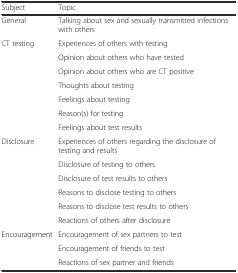
<table><thead><tr><td><b>Subject</b></td><td><b>Topic</b></td></tr></thead><tbody><tr><td>General</td><td>Talking about sex and sexually transmitted infections with others</td></tr><tr><td rowspan="7">CT testing</td><td>Experiences of others with testing</td></tr><tr><td>Opinion about others who have tested</td></tr><tr><td>Opinion about others who are CT positive</td></tr><tr><td>Thoughts about testing</td></tr><tr><td>Feelings about testing</td></tr><tr><td>Reason(s) for testing</td></tr><tr><td>Feelings about test results</td></tr><tr><td rowspan="6">Disclosure</td><td>Experiences of others regarding the disclosure of testing and results</td></tr><tr><td>Disclosure of testing to others</td></tr><tr><td>Disclosure of test results to others</td></tr><tr><td>Reasons to disclose testing to others</td></tr><tr><td>Reasons to disclose test results to others</td></tr><tr><td>Reactions of others after disclosure</td></tr><tr><td rowspan="3">Encouragement</td><td>Encouragement of sex partners to test</td></tr><tr><td>Encouragement of friends to test</td></tr><tr><td>Reactions of sex partner and friends</td></tr></tbody></table>